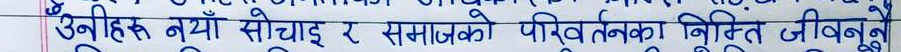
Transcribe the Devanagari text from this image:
उनीहरु नयाँ सोचाइ र समाजको परिवर्तनको निम्ति जिउने